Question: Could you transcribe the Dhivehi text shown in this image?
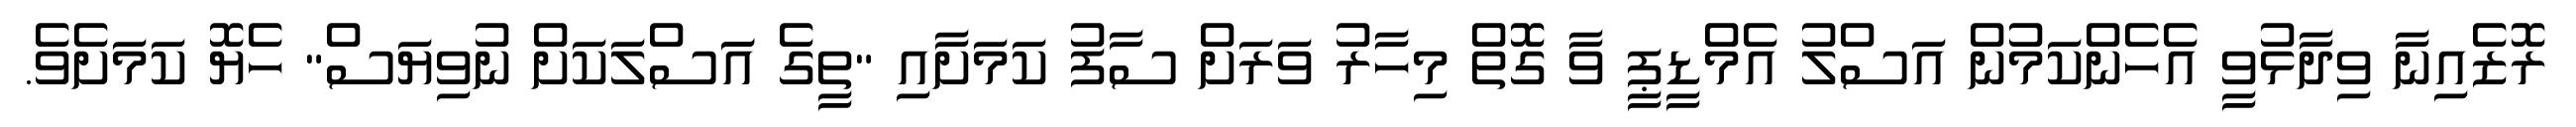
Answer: ރޮޒެއިނާ ވިދާޅުވީ އެހެންކަމުން އަސްލު އެމްޑީޕީ ވާ ގޮތް މިހާރު ވަރަށް ސާފު ކަމަށާއި "ތީގެ އަަސްލަކަށް ނުވިޔަސް" ހެޔޮ ކަމަށެވެ.